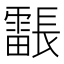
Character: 𮦳